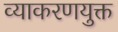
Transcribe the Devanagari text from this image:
व्याकरणयुक्त